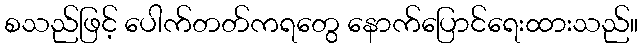
စသည်ဖြင့် ပေါက်တတ်ကရတွေ နောက်ပြောင်ရေးထားသည်။